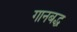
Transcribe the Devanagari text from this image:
गानबद्ध